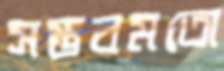
সম্ভবমতো